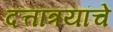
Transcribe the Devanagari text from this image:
दत्तात्रयांचे